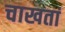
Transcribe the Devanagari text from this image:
चाखतां